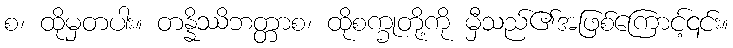
စ၊ ထိုမှတပါး။ တန္နိဿိဘတ္တာစ၊ ထိုစက္ခုတို့ကို မှီသည်၏အဖြစ်ကြောင့်၎င်း။